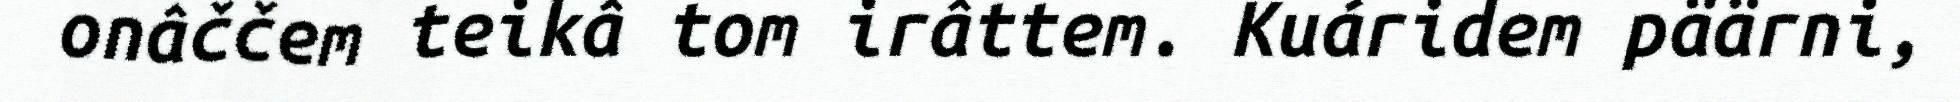
onâččem teikâ tom irâttem. Kuáridem päärni,